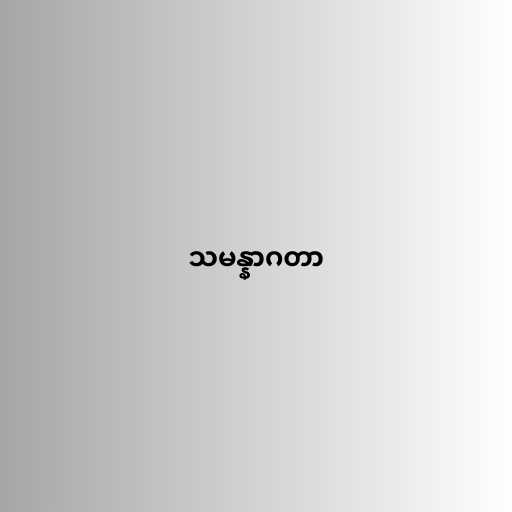
သမန္နာဂတာ